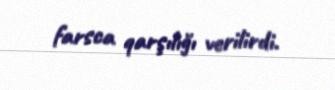
farsca qarşılığı verilirdi.